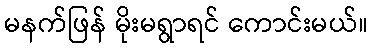
မနက်ဖြန် မိုးမရွာရင် ကောင်းမယ်။